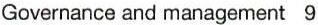
Governance and management  9